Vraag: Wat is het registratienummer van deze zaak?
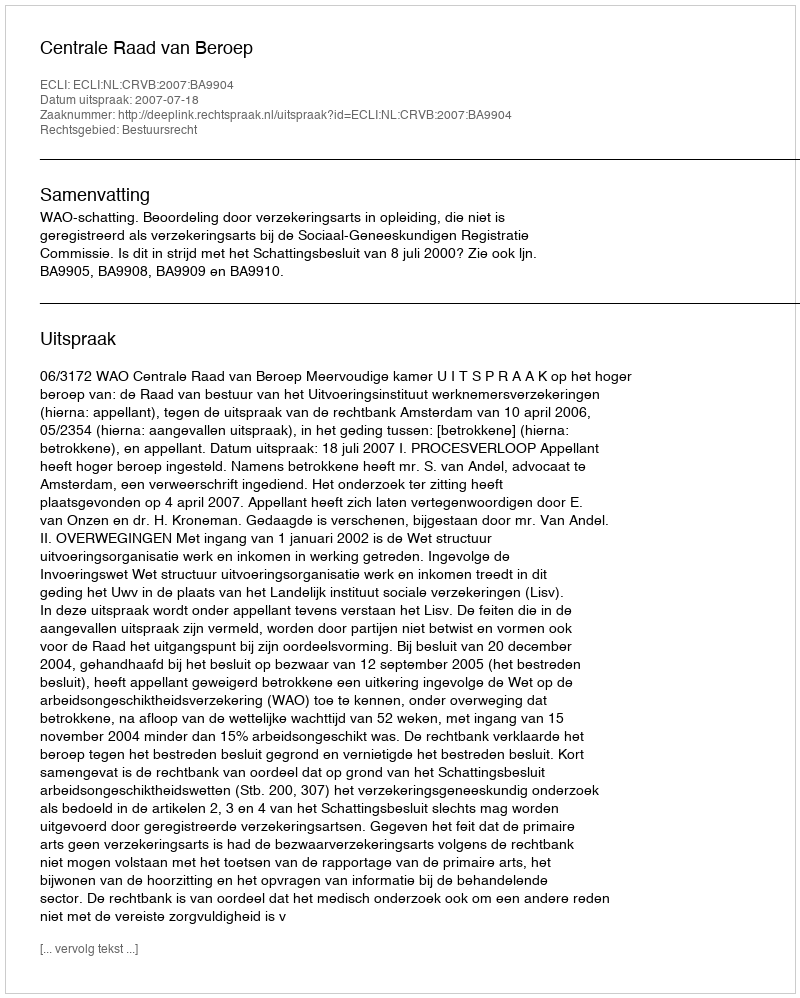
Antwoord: http://deeplink.rechtspraak.nl/uitspraak?id=ECLI:NL:CRVB:2007:BA9904